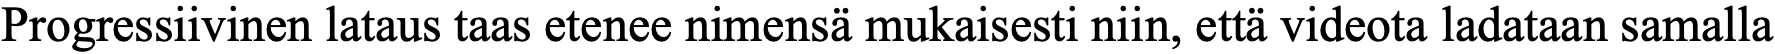
Progressiivinen lataus taas etenee nimensä mukaisesti niin, että videota ladataan samalla